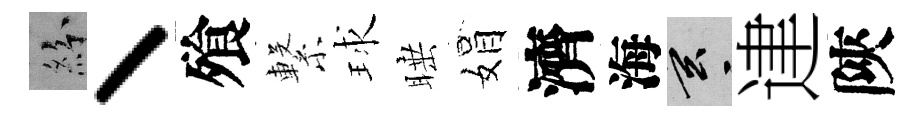
紛丶飱繋球睡娟濟海玄䢖陝